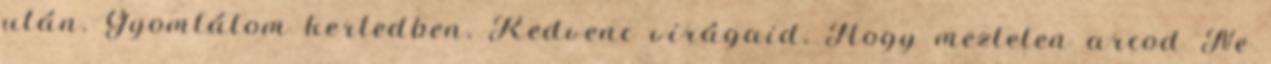
után. Gyomlálom kertedben, Kedvenc virágaid, Hogy meztelen arcod Ne